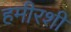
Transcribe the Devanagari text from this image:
हमीरशी